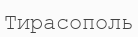
Тирасополь